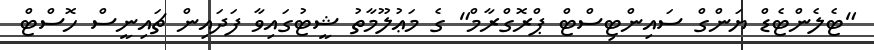
"ޓެލެންޓެޑް ޔަންގް ސައިންޓިސްޓް ޕްރޮގްރާމް" ގެ މަޢުލޫމާތު ޝީޓުގައިވާ ފަދައިން ޗައިނީސް ހޮސްޓް